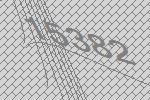
15382